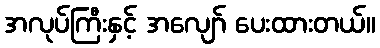
အလုပ်ကြီးနှင့် အလျော် ပေးထားတယ်။